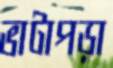
ভাটাপড়া